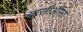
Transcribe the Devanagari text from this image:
ग्रासीओसा